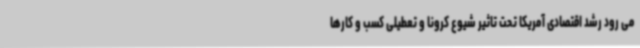
می رود رشد اقتصادی آمریکا تحت تاثیر شیوع کرونا و تعطیلی کسب و کارها